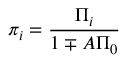
\pi _ { i } = \frac { \Pi _ { i } } { 1 \mp A \Pi _ { 0 } }